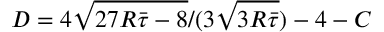
D = 4 \sqrt { 2 7 R \bar { \tau } - 8 } / ( 3 \sqrt { 3 R \bar { \tau } } ) - 4 - C